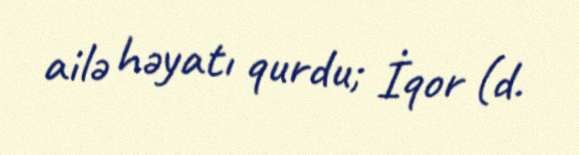
ailə həyatı qurdu; İqor (d.